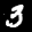
Label: 3